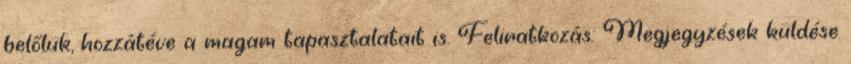
belőlük, hozzátéve a magam tapasztalatait is. Feliratkozás: Megjegyzések küldése